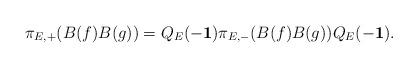
LaTeX: \begin{align*}\pi_{E,+}(B(f)B(g))=Q_E(-{\bf 1})\pi_{E,-}(B(f)B(g))Q_E(-{\bf 1}).\end{align*}